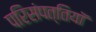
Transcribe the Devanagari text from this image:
परिसंपत्तियॉ